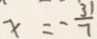
x = - \frac { 3 1 } { 7 }